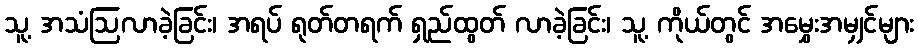
သူ့ အသံဩလာခဲ့ခြင်း၊ အရပ် ရုတ်တရက် ရှည်ထွတ် လာခဲ့ခြင်း၊ သူ့ ကိုယ်တွင် အမွှေးအမျှင်များ